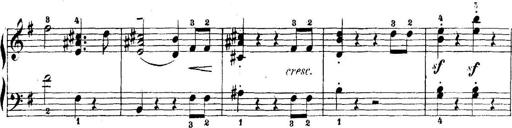
Title: 5 Sonatinas
Composer: Theodor Kirchner